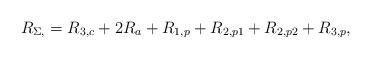
LaTeX: \begin{align*}R_{\Sigma,}&=R_{3,c}+2R_{a}+R_{1,p}+R_{2,p1}+R_{2,p2}+R_{3,p},\end{align*}